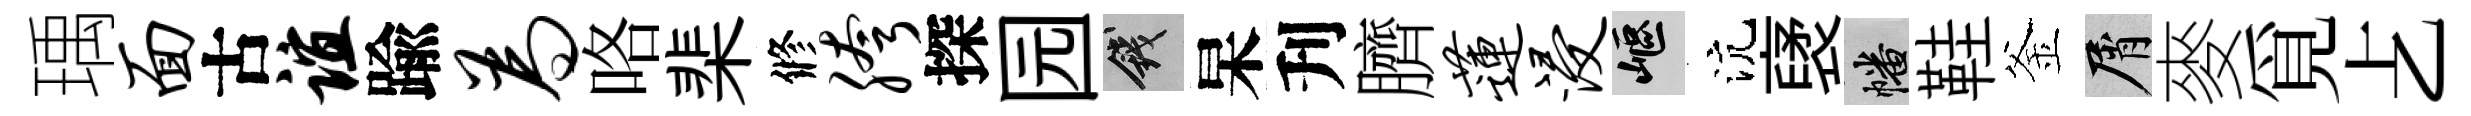
瑀面古谊踰为咯棐修胯探园錢杲刋臍莲浸嶇沆裦幡鞋釜屑麥覓𠧒